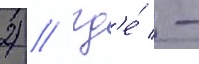
2) // Гд'е́ -